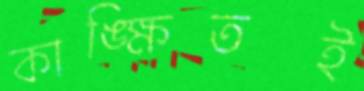
কাঙ্ক্ষিতই